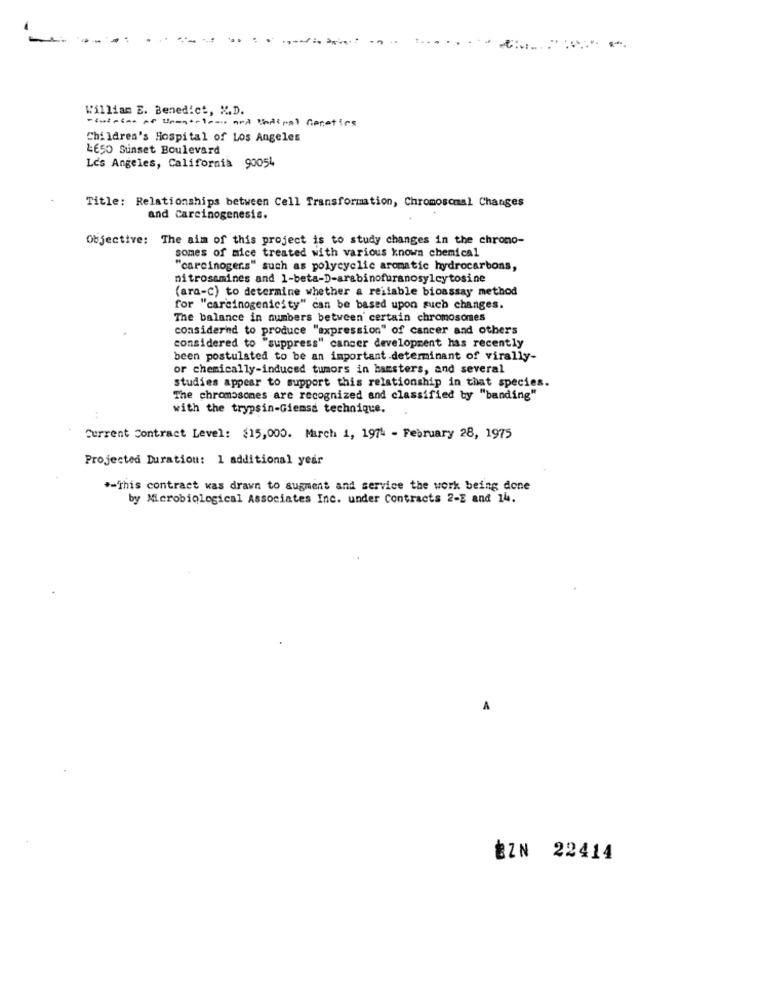
William E. Benedict, K.D.
-cuisine of Unentries and Undiral Genetics
Children's Hospital of Los Angeles
4650 Sunset Boulevard
Los Angeles, California 90054
Title: Relationships between Cell Transformation, Chromosomal Changes
and Carcinogenesis.
Objective: The aim of this project is to study changes in the chrono-
somes of mice treated with various known chemical
"carcinogens" such as polycyclic aromatic hydrocarbons,
nitrosamines and 1-beta-D-arabinofuranosylcytosine
(ara-C) to determine whether a reliable bioassay method
for "carcinogenicity" can be based upon such changes.
The balance in numbers between certain chromosomes
considered to produce "axpression" of cancer and others
considered to "suppress" cancer development has recently
been postulated to be an important determinant of virally-
or chemically-induced tumors in hamsters, and several
studies appear to support this relationship in that species.
The chromosomes are recognized and classified by "banding"
with the trypsin-Giemss technique.
Current Contract Level: $15,000. March 1, 1974 - February 28, 1975
Projected Duration: 1 additional year
.- This contract was drawn to augment and service the work being done
by Microbiological Associates Inc. under Contracts 2-E and 14.
EZN 22414